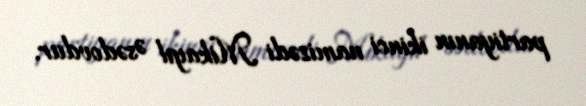
partiyanın ikinci namizədi Mikayıl Əsədovdur.